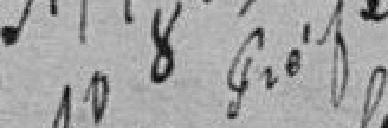
le 10 octobre 11860